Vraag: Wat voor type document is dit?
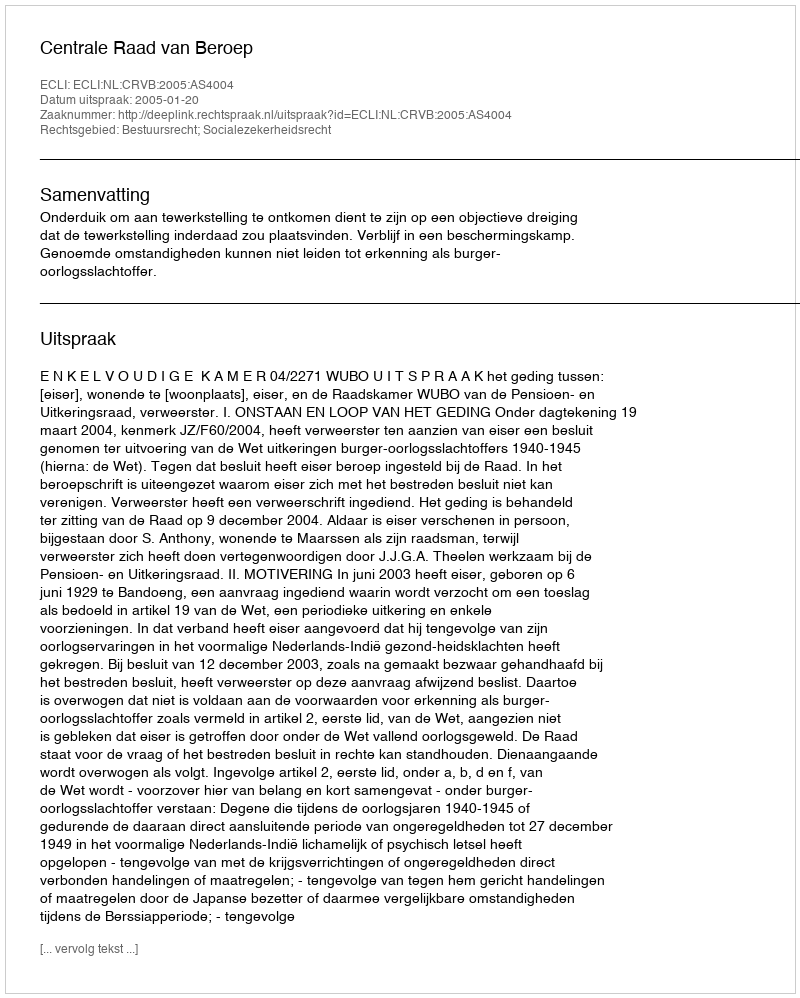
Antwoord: Uitspraak